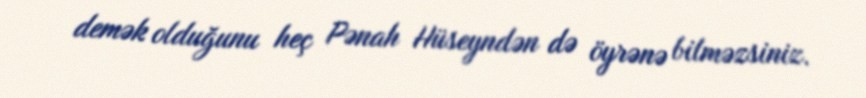
demək olduğunu heç Pənah Hüseyndən də öyrənə bilməzsiniz.